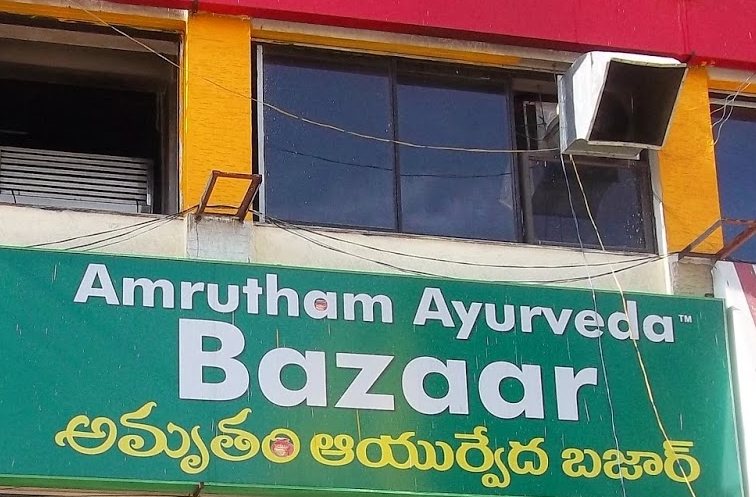
Language: telugu
Transcription: అమృతం బజార్